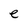
Character: e